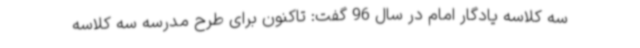
سه کلاسه یادگار امام در سال 96 گفت: تاکنون برای طرح مدرسه سه کلاسه